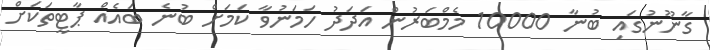
ގާނޫނުގައި ބުނާ 10000 މެމްބަރުން އަދަދު ހަމަނުވާ ކަމަށް ބުނެ ބައެއް ޕާޓީތަކަށް